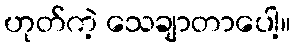
ဟုတ်ကဲ့ သေချာတာပေါ့။